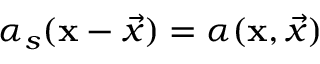
\alpha _ { s } ( \mathbf { x } - \vec { x } ) = \alpha ( \mathbf { x } , \vec { x } )